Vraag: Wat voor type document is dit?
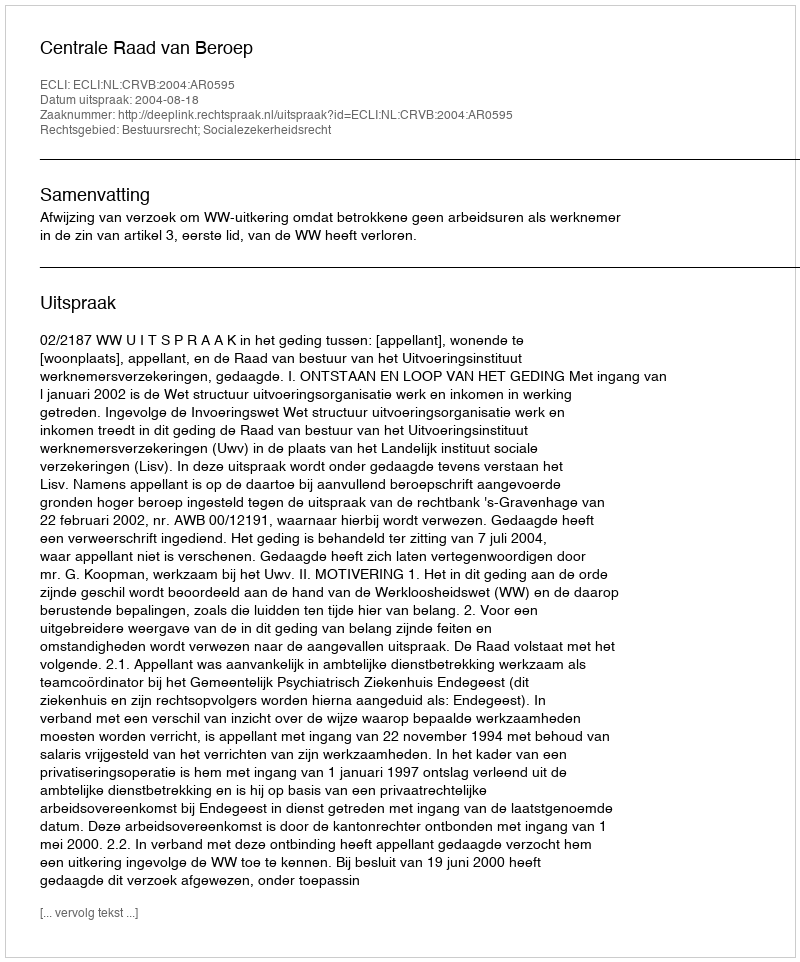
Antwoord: Uitspraak